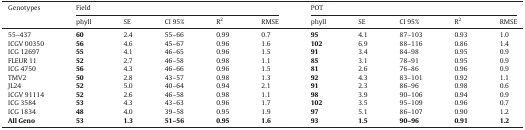
| Genotypes | <COLSPAN=5> Field | <COLSPAN=5> POT |
 |  | phyll | SE | CI 95% | R2 | RMSE | phyll | SE | CI 95% | R2 | RMSE |
 | --- | --- | --- | --- | --- | --- | --- | --- | --- | --- | --- |
 | 55–437 | 60 | 2.4 | 55–66 | 0.99 | 0.7 | 95 | 4.1 | 87–103 | 0.93 | 1.0 |
 | ICGV 00350 | 56 | 4.6 | 45–67 | 0.96 | 1.6 | 102 | 6.9 | 88–116 | 0.86 | 1.4 |
 | ICG 12697 | 55 | 4.1 | 46–65 | 0.96 | 1.5 | 91 | 3.4 | 84–98 | 0.95 | 0.9 |
 | FLEUR 11 | 52 | 2.7 | 46–58 | 0.98 | 1.1 | 85 | 3.1 | 78–91 | 0.95 | 0.9 |
 | ICG 4750 | 56 | 4.3 | 46–66 | 0.96 | 1.5 | 81 | 2.6 | 76–86 | 0.96 | 0.9 |
 | TMV2 | 50 | 2.8 | 43–57 | 0.98 | 1.3 | 92 | 4.3 | 83–101 | 0.92 | 1.1 |
 | JL24 | 52 | 5.0 | 40–64 | 0.94 | 2.1 | 91 | 2.3 | 86–96 | 0.98 | 0.6 |
 | ICGV 91114 | 52 | 2.6 | 46–58 | 0.98 | 1.1 | 98 | 3.9 | 90–106 | 0.94 | 0.9 |
 | ICG 3584 | 53 | 4.3 | 43–63 | 0.96 | 1.7 | 102 | 3.5 | 95–109 | 0.96 | 0.7 |
 | ICG 1834 | 48 | 4.0 | 39–58 | 0.95 | 1.9 | 97 | 5.1 | 86–107 | 0.90 | 1.2 |
 | All Geno | 53 | 1.3 | 51–56 | 0.95 | 1.6 | 93 | 1.5 | 90–96 | 0.91 | 1.2 |